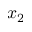
x _ { 2 }